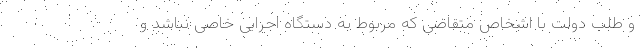
و طلب دولت با اشخاص متقاضی که مربوط به دستگاه اجرایی خاصی نباشد و